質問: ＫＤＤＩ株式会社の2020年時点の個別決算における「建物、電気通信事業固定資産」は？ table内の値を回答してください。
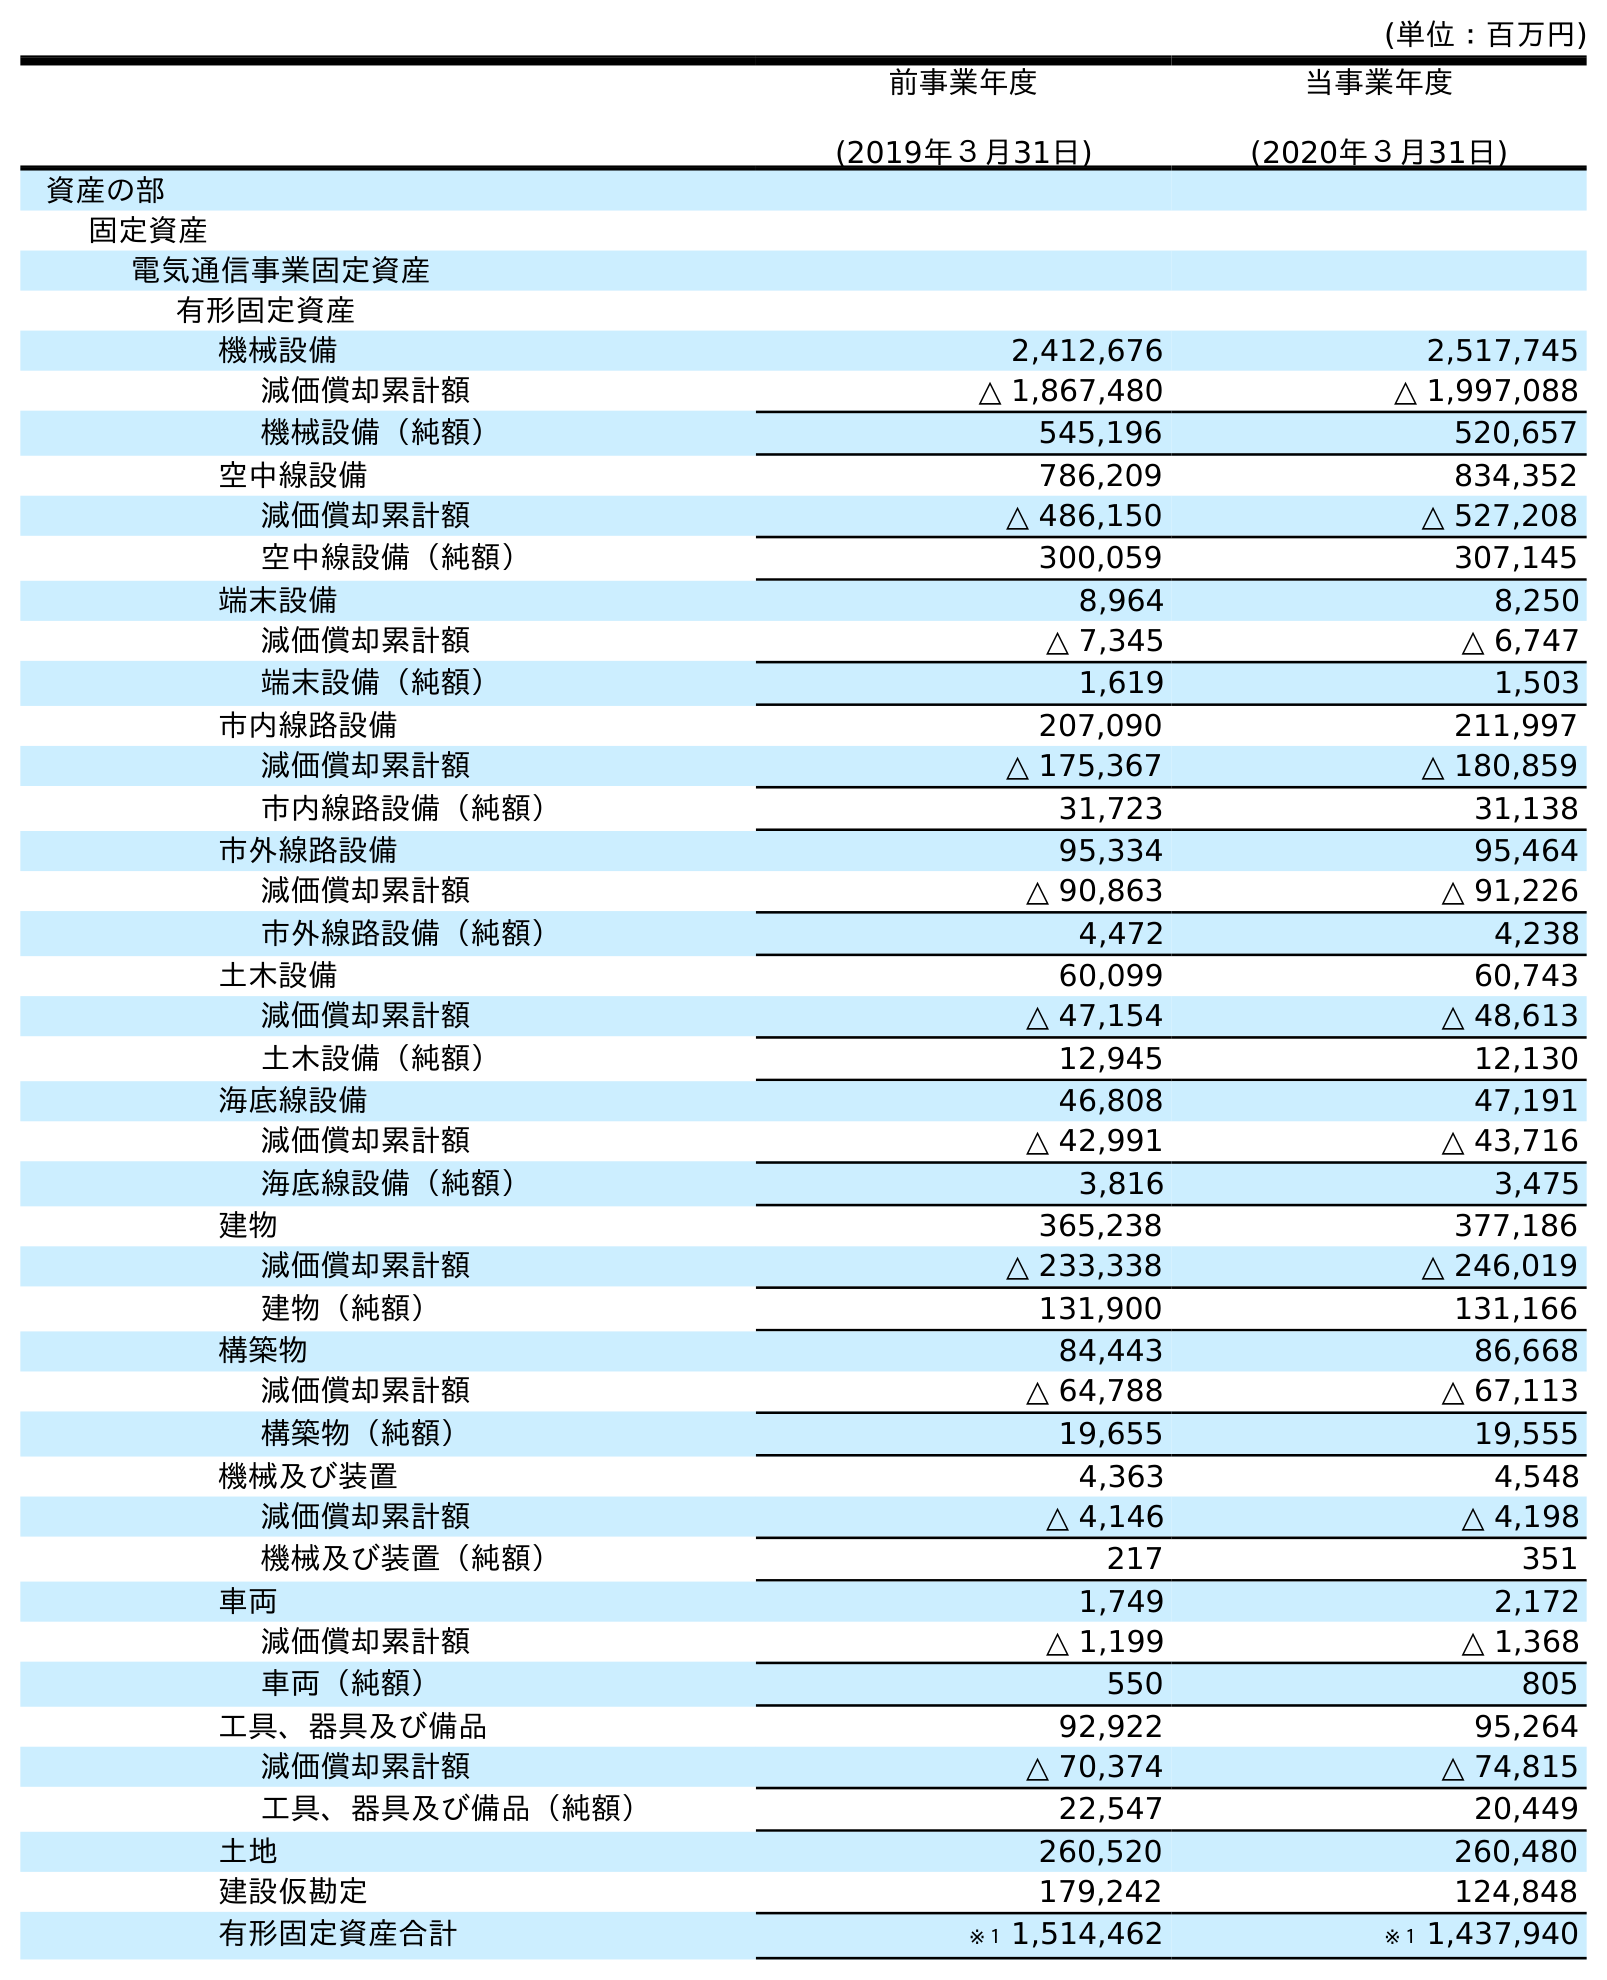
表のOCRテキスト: (単位：百万円) 前事業年度 (2019年３月31日) 当事業年度 (2020年３月31日) 資産の部 固定資産 電気通信事業固定資産 有形固定資産 機械設備 2,412,676 2,517,745 減価償却累計額 △ 1,867,480 △ 1,997,088 機械設備（純額） 545,196 520,657 空中線設備 786,209 834,352 減価償却累計額 △ 486,150 △ 527,208 空中線設備（純額） 300,059 307,145 端末設備 8,964 8,250 減価償却累計額 △ 7,345 △ 6,747 端末設備（純額） 1,619 1,503 市内線路設備 207,090 211,997 減価償却累計額 △ 175,367 △ 180,859 市内線路設備（純額） 31,723 31,138 市外線路設備 95,334 95,464 減価償却累計額 △ 90,863 △ 91,226 市外線路設備（純額） 4,472 4,238 土木設備 60,099 60,743 減価償却累計額 △ 47,154 △ 48,613 土木設備（純額） 12,945 12,130 海底線設備 46,808 47,191 減価償却累計額 △ 42,991 △ 43,716 海底線設備（純額） 3,816 3,475 建物 365,238 377,186 減価償却累計額 △ 233,338 △ 246,019 建物（純額） 131,900 131,166 構築物 84,443 86,668 減価償却累計額 △ 64,788 △ 67,113 構築物（純額） 19,655 19,555 機械及び装置 4,363 4,548 減価償却累計額 △ 4,146 △ 4,198 機械及び装置（純額） 217 351 車両 1,749 2,172 減価償却累計額 △ 1,199 △ 1,368 車両（純額） 550 805 工具、器具及び備品 92,922 95,264 減価償却累計額 △ 70,374 △ 74,815 工具、器具及び備品（純額） 22,547 20,449 土地 260,520 260,480 建設仮勘定 179,242 124,848 有形固定資産合計 ※１ 1,514,462 ※１ 1,437,940
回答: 377,186